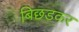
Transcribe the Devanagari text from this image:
बिछडकर